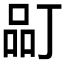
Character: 𱓂